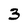
Character: 3